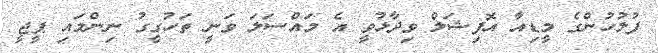
ފުލުހުންގެ މީޑިއާ އޮފިޝަލް ވިދާޅުވީ އެ މައްސަލަ ވަނީ ތަހުގީގު ނިންމައި ޕީޖީ